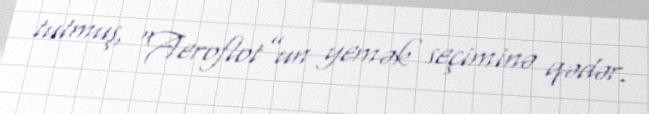
tutmuş, “Aeroflot”un yemək seçiminə qədər.